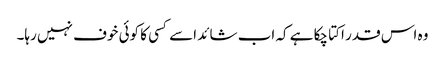
وہ اس قدر اکتا چکا ہے کہ اب شائد اسے کسی کا کوئی خوف نہیں رہا۔